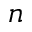
n